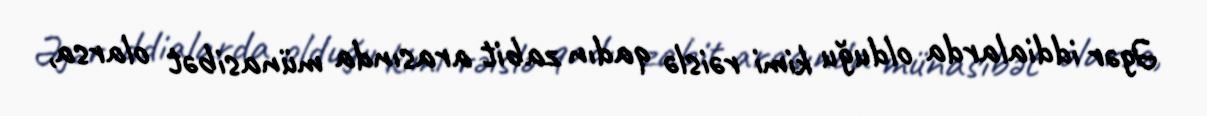
Əgər iddialarda olduğu kimi rəislə qadın zabit arasında münasibət olarsa,